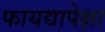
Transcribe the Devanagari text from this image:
फायद्यापेक्षा